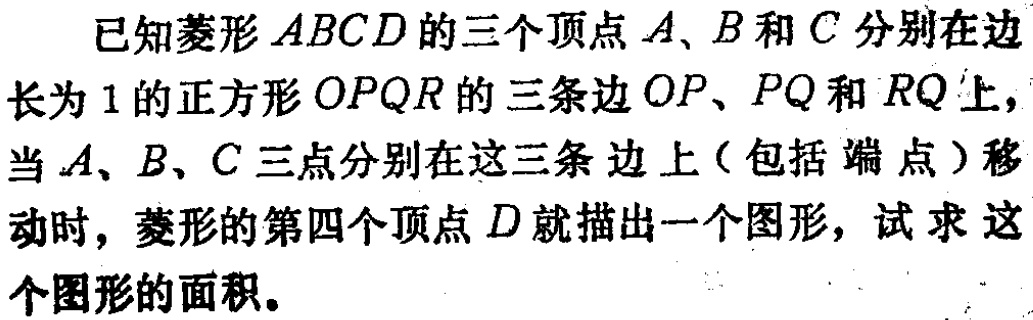
已知菱形 \(ABCD\) 的三个顶点 \(A\)、\(B\) 和 \(C\) 分别在边长为 \(1\) 的正方形 \(OPQR\) 的三条边 \(OP\)、\(PQ\) 和 \(RQ\) 上，当 \(A\)、\(B\)、\(C\) 三点分别在这三条边上（包括端点）移动时，菱形的第四个顶点 \(D\) 就描出一个图形，试求这个图形的面积。